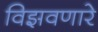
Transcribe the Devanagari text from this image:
विझवणारे